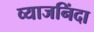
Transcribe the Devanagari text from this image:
व्याजनिंदा